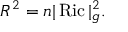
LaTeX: R ^ { 2 } = n | \operatorname { R i c } | _ { g } ^ { 2 } .